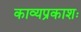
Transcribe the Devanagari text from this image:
काव्यप्रकाशः